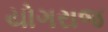
યોગરાજ